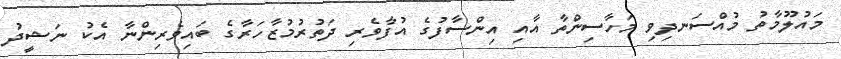
މައުލޫމާތު މުއްސަނދިވި މަހާސިންތާ އާއި އިންސާފުގެ އުފާވެރި ދަތުރުމުޒާހަރާގެ ބައިވެރިންނާ އެކު ނަޝީދު